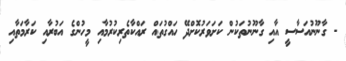
- ގާނޫނުއަސާސީ އާއި ގާނޫނުތަކުން ކަށަވަަރުކޮށްދޭ ހައްގުތައް ރައްކާތެރިކުރުމާއި މީހުންގެ އަބުރާއި ކަރާމަތާއި